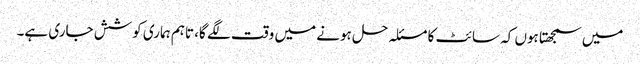
میں سمجھتا ہوں کہ سائٹ کا مسئلہ حل ہونے میں وقت لگے گا، تاہم ہماری کوشش جاری ہے۔